Report of an investigation of the epidemic of malarial fever in Assam, or, kala-azar
Disease focus: Malaria
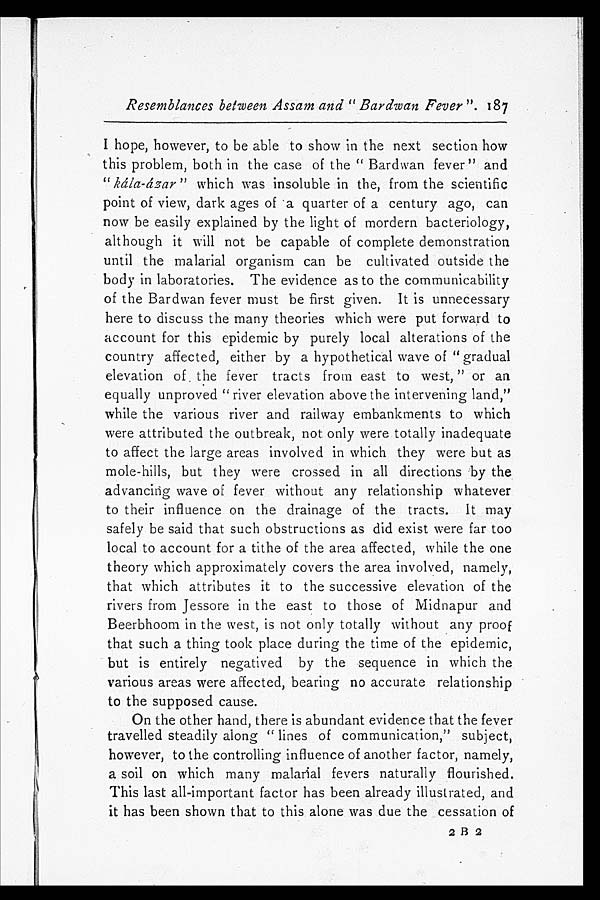
Resemblances between Assam and "Bardwan Fever". 187
I hope, however, to be able to show in the next section how
this problem, both in the case of the "Bardwan fever" and
"kála-ázar" which was insoluble in the, from the scientific
point of view, dark ages of a quarter of a century ago, can
now be easily explained by the light of mordern bacteriology,
although it will not be capable of complete demonstration
until the malarial organism can be cultivated outside the
body in laboratories. The evidence as to the communicability
of the Bardwan fever must be first given. It is unnecessary
here to discuss the many theories which were put forward to
account for this epidemic by purely local alterations of the
country affected, either by a hypothetical wave of "gradual
elevation of the fever tracts from east to west," or an
equally unproved" river elevation above the intervening land,"
while the various river and railway embankments to which
were attributed the outbreak, not only were totally inadequate
to affect the large areas involved in which they were but as
mole-hills, but they were crossed in all directions by the
advancing wave of fever without any relationship whatever
to their influence on the drainage of the tracts. It may
safely be said that such obstructions as did exist were far too
local to account for a tithe of the area affected, while the one
theory which approximately covers the area involved, namely,
that which attributes it to the successive elevation of the
rivers from Jessore in the east to those of Midnapur and
Beerbhoom in the west, is not only totally without any proof
that such a thing took place during the time of the epidemic,
but is entirely negatived by the sequence in which the
various areas were affected, bearing no accurate relationship
to the supposed cause.
On the other hand, there is abundant evidence that the fever
travelled steadily along "lines of communication," subject,
however, to the controlling influence of another factor, namely,
a soil on which many malarial fevers naturally flourished.
This last all-important factor has been already illustrated, and
it has been shown that to this alone was due the cessation of
2 B 2